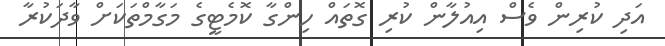
އަދި ކުރިން ވެސް އިއުލާން ކުރި ގޮތައް ހިންގާ ކޮމެޓީގެ މަގާމްތަކަށް ވާދަކުރާ